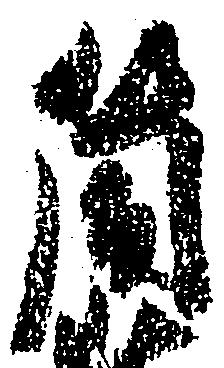
筒